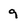
Character: 9